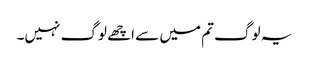
یہ لوگ تم میں سے اچھے لوگ نہیں۔